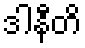
ဒါနီတိ